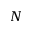
N